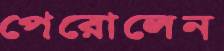
পেরোলেন